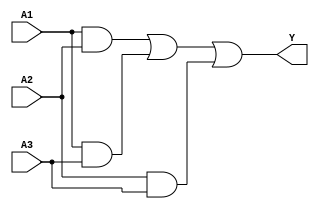
module sop_simplification (
    input wire A1,  // First input variable
    input wire A2,  // Second input variable
    input wire A3,  // Third input variable
    output wire Y   // Output of the simplified SOP expression
);

// Intermediate signals for product terms
wire term1, term2, term3;

// Example simplified SOP expression: Y = A1A2 + A1A3 + A2A3
// Product terms
assign term1 = A1 & A2;  // AND gate for A1 AND A2
assign term2 = A1 & A3;  // AND gate for A1 AND A3
assign term3 = A2 & A3;  // AND gate for A2 AND A3

// Final output Y using OR gate
assign Y = term1 | term2 | term3; // OR gate combining the product terms

endmodule